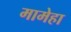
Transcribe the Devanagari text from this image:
मामेहा